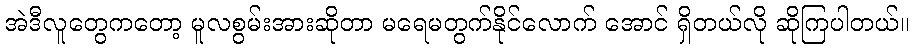
အဲဒီလူတွေကတော့ မူလစွမ်းအားဆိုတာ မရေမတွက်နိုင်လောက် အောင် ရှိတယ်လို ဆိုကြပါတယ်။